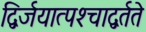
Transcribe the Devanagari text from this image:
द्विर्जयात्पश्‍चाद्वर्तते